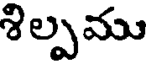
శిల్పము